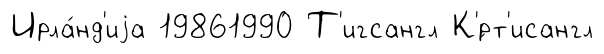
Ирла́нд'иjа 19861990 Т'игсангл К'́рт'исангл